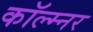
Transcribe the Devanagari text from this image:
कॉल्म्नर